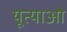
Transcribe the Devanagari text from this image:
यूत्याओ